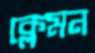
ক্লেমন